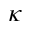
\kappa